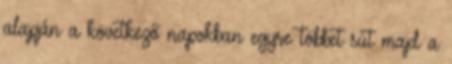
alapján a következő napokban egyre többet süt majd a